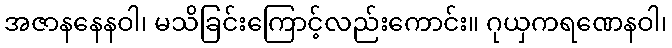
အဇာနနေနဝါ၊ မသိခြင်းကြောင့်လည်းကောင်း။ ဂုယှကရဏေနဝါ၊